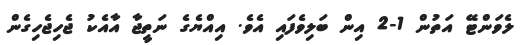
ލެވަންޓޭ އަތުން 1-2 އިން ބަލިވެފައި އެވެ. އިއްޔެގެ ނަތީޖާ އާއެކު ޖެހިޖެހިގެން